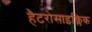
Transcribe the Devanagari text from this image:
हैटरोसाइक्लिक